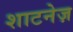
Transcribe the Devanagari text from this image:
शाटनेज़